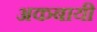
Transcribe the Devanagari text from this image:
अकबायी